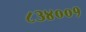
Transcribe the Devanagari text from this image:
८३४००१